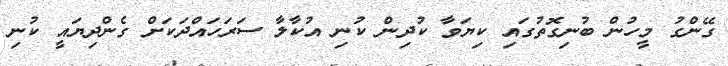
ގޭންގު މީހުން ބުނިގޮތުގައި ކިޔަވާ ކުދިން ކުނި އުކާލާ ސަރަހައްދަކަށް ގެންދިޔައީ ކުނި